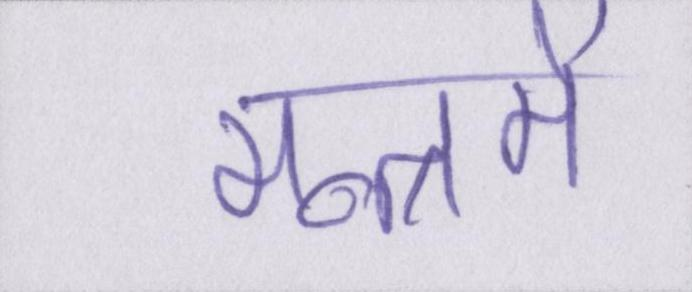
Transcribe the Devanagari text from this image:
मन्त्रमें